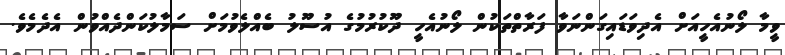
ވީމާ ލޯނުއެހީއަށް އެދިވަޑައިގަންނަވާ ފަރާތްތަކުން ލޯނުއެހީ ދޫކުރުމުގެ އުސޫލު ބެއްލެވުމަށް ސަމާލުކަންދެއްވުން އެދެމެވެ.